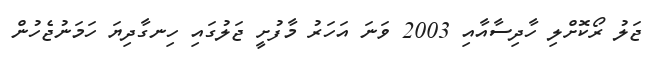
ޖަލު ރޯކޮށްލި ހާދިސާއާއި 2003 ވަނަ އަހަރު މާފުށީ ޖަލުގައި ހިނގާދިޔަ ހަމަނުޖެހުން